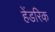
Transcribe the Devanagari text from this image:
हेंडरिक